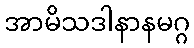
အာမိသဒါနာနမဂ္ဂ